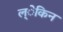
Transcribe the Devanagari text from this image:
ल्ेकिन